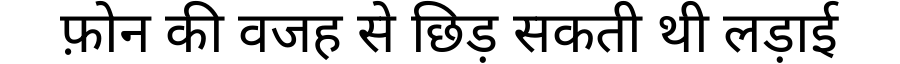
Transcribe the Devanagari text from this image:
फ़ोन की वजह से छिड़ सकती थी लड़ाई